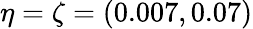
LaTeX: \eta=\zeta=(0.007,0.07)